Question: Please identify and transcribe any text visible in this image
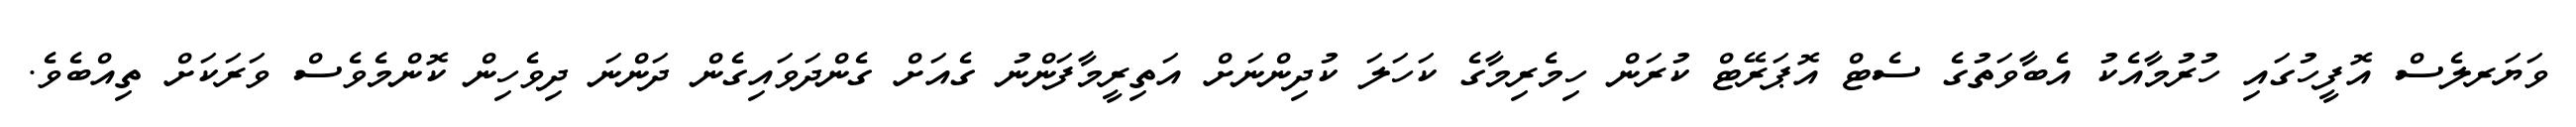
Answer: ވަޔަރލެސް އޮފީހުގައި ހުރުމާއެކު އެބާވަތުގެ ސެޓް އޮޕަރޭޓް ކުރަން ހިމެރިމާގެ ކަހަލަ ކުދިންނަށް އަތިރީމާފަންނު ގެއަށް ގެންދަވައިގެން ދަންނަ ދިވެހިން ކޮންމެވެސް ވަރަކަށް ތިއްބެވެ.